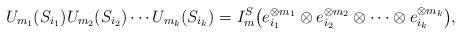
LaTeX: \begin{align*}U_{m_1}(S_{i_1})U_{m_{2}}(S_{i_2})\cdots U_{m_k}(S_{i_k}) = I_{m}^{S}\big(e_{i_1}^{\otimes m_1}\otimes e_{i_2}^{\otimes m_2}\otimes \cdots \otimes e_{i_k}^{\otimes m_k}\big),\end{align*}